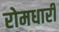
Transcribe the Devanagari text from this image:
रोमधारी